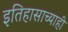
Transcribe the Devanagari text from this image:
इतिहासाच्याही